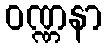
ဝဏ္ဏနာ